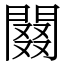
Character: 䦤